Vaccination in the Punjab 1905-1918 - 1905-1918
Year: 1905
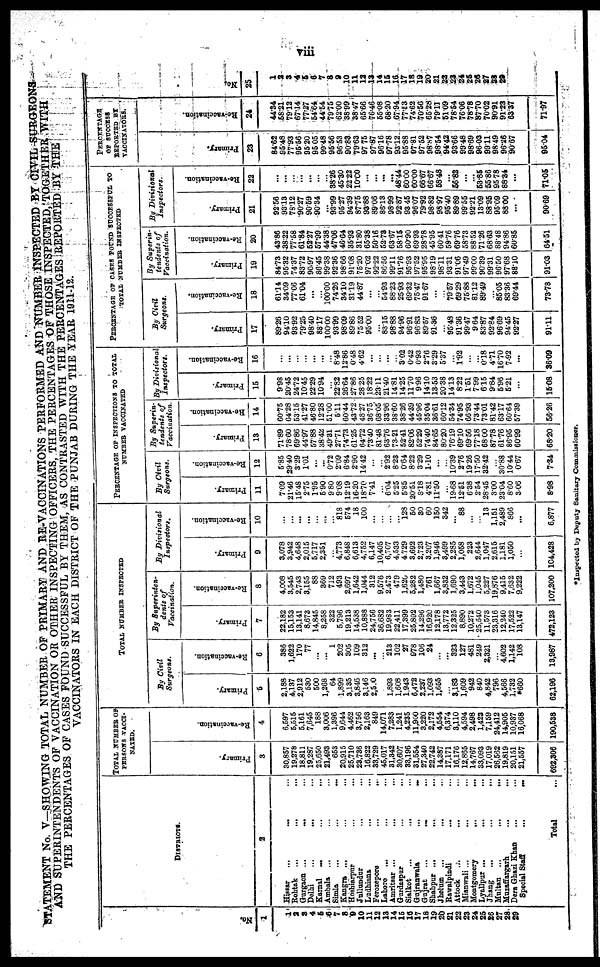
viii
STATEMENT No. V—SHOWING TOTAL NUMBER OF PRIMARY AND RE-VACCINATIONS PERFORMED AND NUMBER INSPECTED BY CIVIL SURGEONS
AND SUPERINTENDENTS OF VACCINATION OR OTHER INSPECTING OFFICERS, THE PERCENTAGES OF THOSE INSPECTED TOGETHER WITH
THE PERCENTAGES OF CASES FOUND SUCCESSFUL BY THEM, AS CONTRASTED WITH THE PERCENTAGES REPORTED BY THE
VACCINATORS IN EACH DISTRICT OF THE PUNJAB DURING THE YEAR 1911-12.
No.
1
1
2
3
4
5
6
7
8
9
10
11 12
13
14
15
16
17
18
19
20
21
22
23
24
25
26
27
28
29
DISTRICTS.
2
Hissar
...
... ...
Rohtak ... ... ...
Gurgaon ... ... ...
Delhi ... ... ...
Karnal
...
...
...
Ambala ... ... ...
Simla
...
...
...
Kangra ... ... ...
Hoshiarpur
...
...
...
Jullundur ... ... ...
Ludhiana
...
...
...
Ferozepore
...
...
...
Lahore ... ... ...
Amritsar ... ... ...
Gurdaspur
...
...
...
Sialkot ... ... ...
Gujranwala
...
...
...
Gujrat
...
...
...
Shahpur
...
...
...
Jhelum
...
...
...
Rawalpindi ... ... ...
Attock ... ... ...
Mianwali ... ... ...
Montgomery
...
...
...
Lyallpur ... ... ...
Jhang
...
...
...
Multan
...
...
...
Muzaffargarh ... ...
Dera Ghazi Khan ... ...
Special Staff
...
...
Total
TOTAL NUMBER OF
PERSONS VACCI-
NATED.
Primary.
3
30,857
19,278
18,811
19,287
25,650
21,493
653
20,915
25,710
23,736
16,822
33,729
45,017
31,342
30,607
33,196
31,554
27,340
22,742
14,387
17,171
16,176
12,865
14,767
33,093
17,019
26,562
19,819
20,151
21,557
692,306
Re-vaccination.
4
6,597
5,515
5,161
7,645
188
3,006
1,396
9,644
4,462
3,756
2,163
849
14,071
7,283
1,241
4,235
11,900
3,220
2,172
4,554
6,374
3,110
4,594
2,498
1,423
7,159
24,412
14,905
10,937
16,068
190,538
TOTAL NUMBER INSPECTED
By Civil
Surgeons.
Primary.
5
2,188
4,137
2,912
530
500
1,268
64
1,899
3,135
3,846
3,146
2,590
1,893
1,608
1,943
6,472
2,237
1,093
1,655
...
3,183
1,609
942
840
4,842
796
4,566
1,732
*660
62,196
Re-vaccination.
6
386
1,622
170
77
...
...
1
202
305
109
312
...
...
213
102
27
978
106
24
...
...
323
127
481
249
2,321
...
4,602
1,142
108
13,987
By Superinten-
dents of
Vaccination.
Primary.
7
22,182
15,153
13,141
8,673
14,845
8,258
322
5,796
19,213
14,538
10,888
24,756
36,682
19,983
22,411
17,399
25,892
14,296
16,920
12,178
13,772
12,325
8,890
10,272
25,540
11,573
23,316
12,240
17,522
13,147
472,123
Re-vaccination.
8
4,008
3,545
2,743
3,155
88
369
712
493
2,697
1,642
1,044
312
9,576
2,473
479
1,620
5,282
1,480
761
1,667
3,832
1,690
3,443
1,672
1,045
5,227
19,876
9,415
7,632
9,222
107,200
By Divisional
Inspectors.
Primary.
9
3,078
3,942
4,648
2,015
5,717
2,351
...
4,773
6,848
6,613
4,752
6,147
10,405
6,707
4,533
4,729
3,692
2,723
3,207
1,946
3,499
2,285
1,058
223
2,644
1,047
2,615
1,181
1,050
...
104,428
Re-vaccination.
10
...
...
...
...
...
...
...
818
574
18
100
...
...
...
...
128
50
30
60
150
342
...
88
...
...
13
1,151
2,489
866
...
6,877
PERCENTAGE OF INSPECTIONS TO TOTAL
NUMBER VACCINATED
By Civil
Surgeons.
Primary.
11
7.09
21.46
15.48
2.75
1.95
5.90
9.80
9.08
12.19
16.20
18.70
7.41
...
6.04
5.25
5.85
20.51
8.18
4.81
11.50
...
19.68
12.51
6.38
2.54
28.45
3.00
23.04
8.60
3.06
8.98
Re-vaccination.
12
5.85
29.40
3.29
1.01
...
...
0.72
2.09
6.84
2.90
14.42
...
...
2.92
8.23
0.64
8.22
3.29
1.10
...
...
10.39
2.76
19.26
17.50
32.42
...
30.88
10.44
0.67
7.34
By Superin-
tendents of
Vaccination.
Primary.
13
71.89
78.60
69.86
44.97
57.88
38.42
49.31
27.71
74.73
61.25
64.72
73.40
81.48
63.76
73.21
52.41
82.06
52.29
74.40
84.65
80.20
76.19
69.10
69.56
77.18
68.00
87.78
61.76
86.95
60.99
68.20
Re-vaccination.
14
60.75
64.28
53.15
41.27
46.80
12.28
51.00
5.11
60.44
43.72.
48.27
36.75
68.05
33.96
38.60
38.26
44.39
45.96
35.04
36.61
60.12
54.34
74.95
66.93
73.44
73.01
81.42
63.17
60.64
57.39
56.26
By Divisional
Inspectors.
Primary.
15
9.98
20.45
24.72
10.45
22.29
10.94
...
22.82
26.64
27.86
28.25
18.22
23.11
21.40
14.81
14.25
11.70
9.96
14.10
13.53
20.38
14.13
8.22
1.51
7.99
6.15
9.84
5.96
5.21
...
15.08
Re-vaccination.
16
...
...
...
...
...
...
...
8.48
12.86
0.48
4.62
...
...
...
...
3.02
0.42
0.93
2.76
3.29
5.37
...
1.92
...
...
0.18
4.71
16.70
7.92
...
36.09
PERCENTAGE OF CASES FOUND SUCCESSFUL TO
TOTAL NUMBER INSPECTED
By Civil
Surgeons.
Primary.
17
89.26
94.10
93.92
79.25
98.40
88.17
100.00
93.99
98.09
89.86
75.52
95.00
...
83.15
98.88
94.96
96.91
96.83
89.57
91.36
...
95.48
91.36
99.47
9.64
83.87
92.84
96.69
94.45
92.27
91.11
Re-vaccination.
18
61.14
34.09
77.06
61.04
...
...
100.00
74.26
34.10
31.19
44.87
...
...
54.93
88.23
25.93
69.32
75.47
91.67
...
...
79.57
69.29
75.88
81.12
89.49
...
85.05
83.36
69.44
73.78
By Superin-
tendents of
Vaccination.
Primary.
19
84.73
95.32
74.37
83.72
90.97
86.45
99.38
92.36
98.66
91.08
75.20
97.02
92.22
86.56
99.11
91.76
95.93
97.52
95.95
98.19
98.11
93.31
91.06
97.49
99.00
90.39
99.31
96.50
97.68
88.10
91.03
Re-vaccination.
20
43.86
38.22
77.58
61.84
52.27
57.99
44.38
47.06
46.64
35.93
31.80
65.38
50.18
52.73
63.67
58.15
60.90
69.93
28.78
45.95
60.41
59.76
69.76
58.73
88.52
71.26
68.63
88.48
94.86
60.85
64.51
By Divisional
Inspectors.
Primary.
21
92.56
93.13
78.12
90.27
90.59
90.34
...
93.99
95.27
94.39
87.75
93.88
89.06
86.13
98.99
92.87
93.45
96.07
79.92
98.82
98.97
95.40
89.89
99.55
92.21
13.09
88.95
95.09
88.00
...
90.69
Re-vaccination.
22
...
...
...
...
...
...
...
38.26
45.30
22.22
10.00
...
...
...
...
48.44
60.00
60.00
66.67
66.67
58.48
...
56.82
...
...
53.85
55.86
95.78
88.34
...
71.05
PERCENTAGE
OF SUCCESS
REPORTED BY
VACCINATORS.
Primary.
23
84.62
95.48
77.93
95.56
95.20
95.05
99.48
95.56
96.53
90.83
79.63
97.75
97.87
96.16
97.78
93.12
95.88
97.81
97.52
98.87
98.64
94.42
93.66
99.48
98.69
96.03
99.11
98.49
96.26
90.67
95.04
Re-vaccination.
24
44.34
58.21
79.12
67.14
77.27
54.64
44.54
79.75
62.00
38.99
38.47
65.66
76.46
55.08
68.20
67.94
77.53
74.62
70.56
65.28
79.11
51.09
78.54
76.06
78.78
87.70
70.02
90.91
91.23
63.37
71.97
No.
25
1
2
3
4
5
6
7
8
9
10
11
12
13
14
15
16
17
18
19
20
21
22
23
24
25
26
27
28
29
*Inspected by Deputy Sanitary Commissioner.